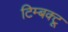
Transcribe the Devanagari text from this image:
टिम्बक्टू